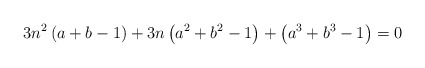
\begin{align*}3n^{2}\left(a+b-1\right)+3n\left(a^{2}+b^{2}-1\right)+\left(a^{3}+b^{3}-1\right)=0\end{align*}